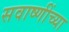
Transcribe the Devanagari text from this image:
सवाष्णींच्या